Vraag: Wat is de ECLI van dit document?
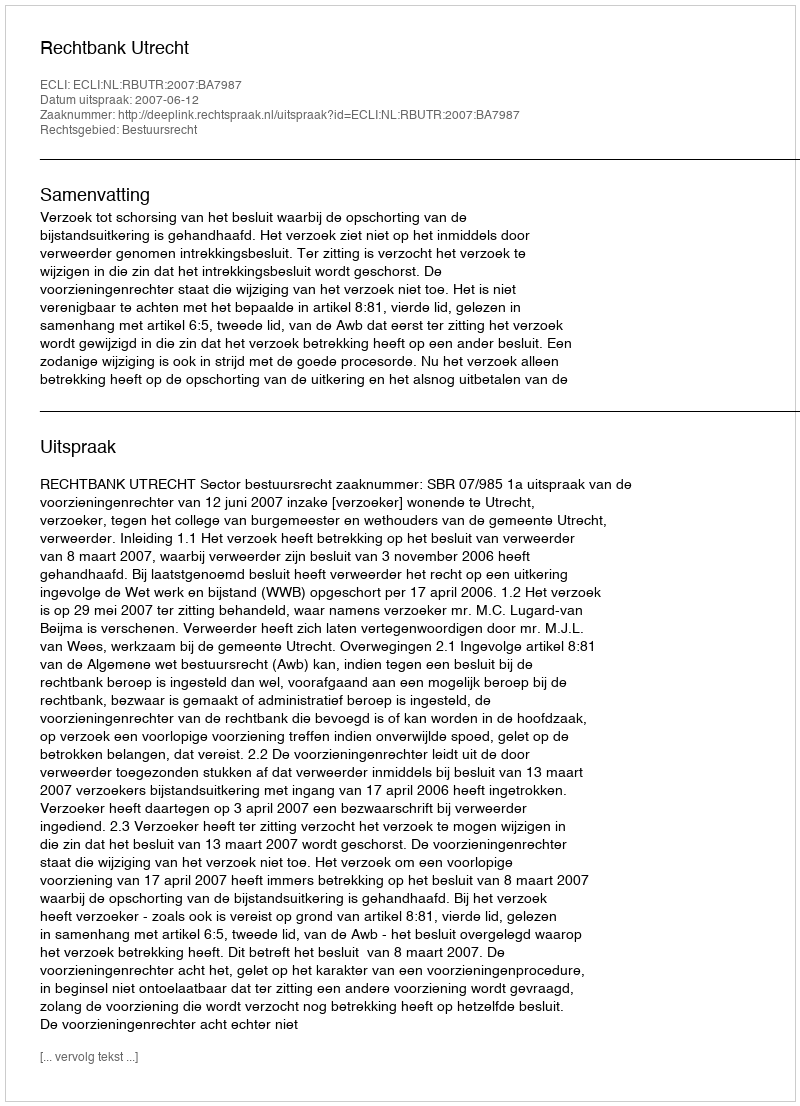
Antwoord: ECLI:NL:RBUTR:2007:BA7987